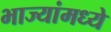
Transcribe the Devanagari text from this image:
भाज्यांमध्ये